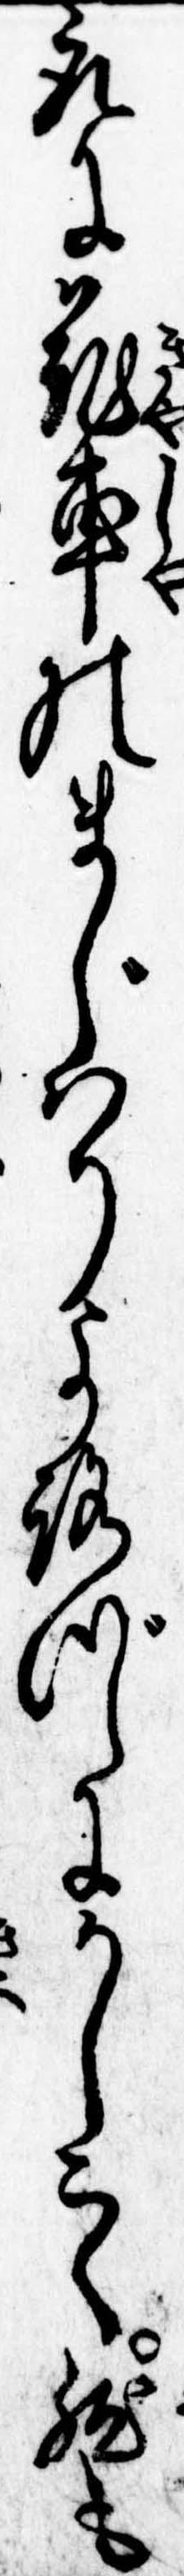
取に花車のまじはりよろづにかしこく然も